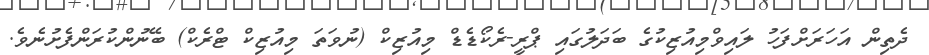
ދެތިން އަހަރަށްފަހު ލައިވްމިއުޒިކުގެ ބަދަލުގައި ޕްރީ-ރެކޯޑެޑް މިއުޒިކް (ނުވަތަ މިއުޒިކް ޓްރެކް) ބޭނުންކުރަންފެށުނެވެ.